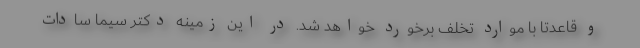
و قاعدتا با موارد تخلف برخورد خواهد شد. در این زمینه دکتر سیما سادات